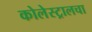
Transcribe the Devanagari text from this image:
कोलेस्ट्रालचा